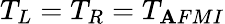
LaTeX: T_{L}=T_{R}=T_{\mathbf{A}FMI}